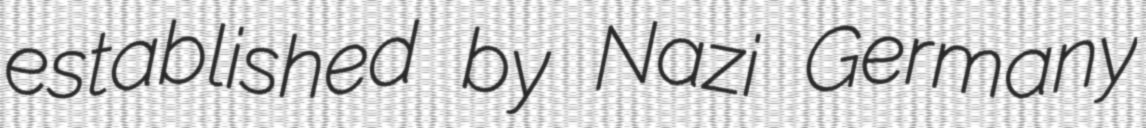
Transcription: established by Nazi Germany